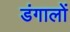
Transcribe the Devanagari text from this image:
डंगालों